Annual administration report of the Civil Veterinary Department of India - 1896-1897
Year: 1896
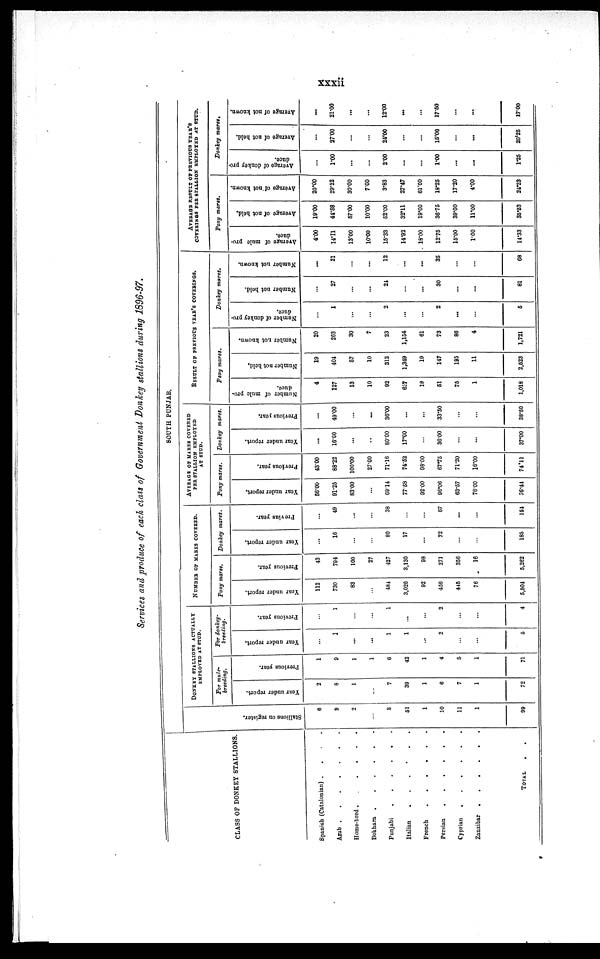
xxxii
Services and produce of each class of Government Donkey stallions during 1896-97.
CLASS OF DONKEY STALLIONS.
Spanish (Catalonian) . . . .
Arab
.
.
.
.
.
.
Home-bred
.
.
.
.
.
.
Bokhara
.
.
.
.
.
.
Punjabi
.
.
.
.
.
.
Italian
.
.
.
.
.
.
French
.
.
.
.
.
.
Persian
.
.
.
.
.
.
Cyprian
.
.
.
.
.
.
Zanzibar
.
.
.
.
.
.
TOTAL
SOUTH PUNJAB.
Stallions on register.
6
9
2
...
8
51
1
10
11
1
99
DONKEY STALLIONS ACTUALLY
EMPLOYED AT STUD.
For mule-
breeding.
Year under report.
2
8
1
...
7
39
1
6
7
1
72
Previous year.
1
9
1
1
6
42
1
4
5
1
71
For donkey-
breeding.
Year under report.
...
1
...
...
1
1
...
2
...
...
5
Previous year.
...
1
...
...
1
...
...
2
...
...
4
NUMBER OF MARES COVERED.
Pony mares.
Year under report.
112
730
83
...
484
3,026
92
456
445
76
5,504
Previous year.
43
794
100
27
427
3,130
98
271
356
16
5,262
Donkey mares.
Year under report.
...
16
...
...
80
17
...
72
...
...
185
Previus year.
...
49
...
...
38
...
...
67
...
...
154
AVERAGE OF MARES COVERED
PER STALLION EMPLOYED
AT STUD.
Pony mares.
Year under report.
56.00
91.25
83.00
...
69.14
77.58
92.00
96.06
63.57
76.00
76.41
Previous year.
43.00
88.22
100.00
27.00
71.16
74.52
98.00
67.75
71.20
16.00
74.11
Donkey mares.
Year under report.
...
16.00
...
...
80.00
17.00
...
36.00
...
...
37.00
Previous year.
...
49.00
...
...
36.00
...
...
33.50
...
...
38.50
RESULT OF PREVIOUS YEAR'S COVERINGS.
Pony mares.
Number of mule pro-
duce.
4
127
13
10
92
627
18
51
75
1
1,018
Number not held,
19
404
57
10
312
1,349
19
147
195
11
2,523
Number not known.
20
263
30
7
23
1,154
61
73
86
4
1,721
Donkey mares.
Number of donkey pro-
duce.
...
1
...
...
2
...
...
2
...
...
5
Number not held.
...
27
...
...
24
...
...
30
...
...
81
Number not known.
...
21
...
...
12
...
...
35
...
...
68
AVERAGE RESULT OF PREVIOUS YEAR'S
COVERINGS PER STALLION EMPLOYED AT STUD.
Pony mares.
Average
of mule pro-
duce.
4.00
14.11
13.00
10.00
15.33
14.92
18.00
12.75
15.00
1.00
14.33
Average
of not held.
19.00
44.88
57.00
10.00
52.00
32.11
19.00
36.75
39.00
11.00
35.33
Average of not known.
20.00
29.22
30.00
7.00
3.83
27.47
61.00
18.25
17.20
4.00
24.23
Donkey mares.
Average of donkey pro-
duce.
...
1.00
...
...
2.00
...
...
1.00
...
...
1.25
Average of not held.
...
27.00
...
...
24.00
...
...
16.00
...
...
20.25
Average of not known.
...
21.00
...
...
12.00
...
...
17.50
...
...
17.00